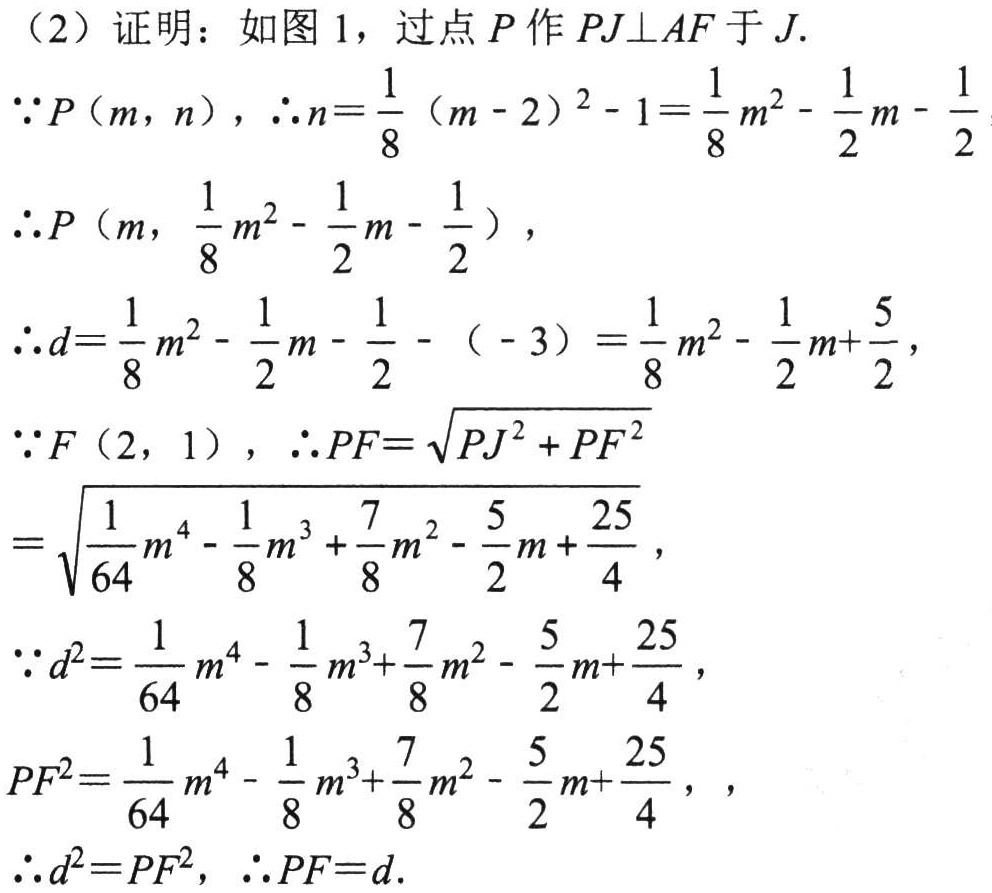
（2）证明：如图1，过点 \(P\) 作 \(PJ\perp AF\) 于 \(J\).
\(\because P(m,n)\)，\(\therefore n = \frac{1}{8}(m - 2)^{2}-1=\frac{1}{8}m^{2}-\frac{1}{2}m-\frac{1}{2}\)
\(\therefore P\left(m,\frac{1}{8}m^{2}-\frac{1}{2}m-\frac{1}{2}\right)\)，
\(\therefore d=\frac{1}{8}m^{2}-\frac{1}{2}m-\frac{1}{2}-(-3)=\frac{1}{8}m^{2}-\frac{1}{2}m+\frac{5}{2}\)，
\(\because F(2,1)\)，\(\therefore PF = \sqrt{PJ^{2}+FJ^{2}}\)
\(=\sqrt{\frac{1}{64}m^{4}-\frac{1}{8}m^{3}+\frac{7}{8}m^{2}-\frac{5}{2}m+\frac{25}{4}}\)，
\(\because d^{2}=\frac{1}{64}m^{4}-\frac{1}{8}m^{3}+\frac{7}{8}m^{2}-\frac{5}{2}m+\frac{25}{4}\)，
\(PF^{2}=\frac{1}{64}m^{4}-\frac{1}{8}m^{3}+\frac{7}{8}m^{2}-\frac{5}{2}m+\frac{25}{4}\)，
\(\therefore d^{2}=PF^{2}\)，\(\therefore PF = d\).